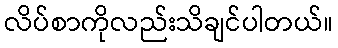
လိပ်စာကိုလည်းသိချင်ပါတယ်။